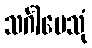
သင်္ဂါမေသုံ